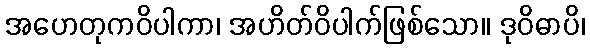
အဟေတုကဝိပါကာ၊ အဟိတ်ဝိပါက်ဖြစ်သော။ ဒုဝိဓာပိ၊